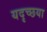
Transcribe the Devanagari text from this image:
यदृच्छया